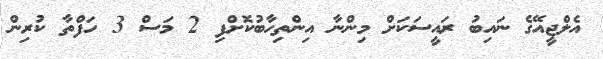
އެލްޖީއޭގެ ނައިބު ރައީސަކަށް މިންނާ އިންތިހާބުކޮށްފި 2 މަސް 3 ހަފްތާ ކުރިން